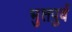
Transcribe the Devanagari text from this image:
भुतपुर्व